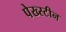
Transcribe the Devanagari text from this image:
पेख्स्टीन